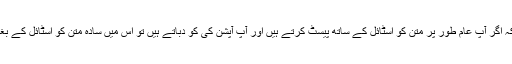
اس کا مطلب یہ ہے کہ اگر آپ عام طور پر متن کو اسٹائل کے ساتھ پیسٹ کرتے ہیں اور آپ آپشن کی کو دباتے ہیں تو اس میں سادہ متن کو اسٹائل کے بغیر پیسٹ کیا جاتا ہے۔